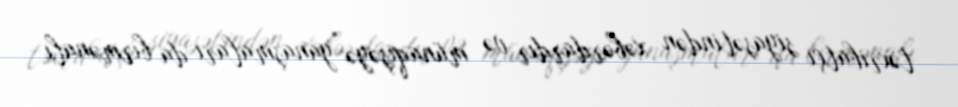
təxribatçı siyasətindən xəbərdardır və münaqişəyə yanaşmaları da birmənalı